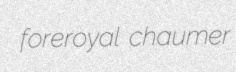
foreroyal chaumer